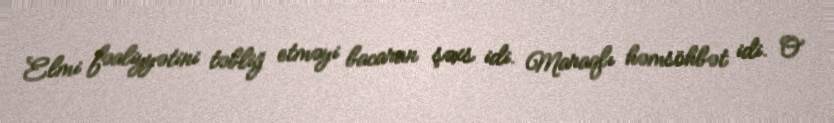
Elmi fəaliyyətini təbliğ etməyi bacaran şəxs idi. Maraqlı həmsöhbət idi. O